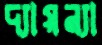
দ্যায়ন্যা